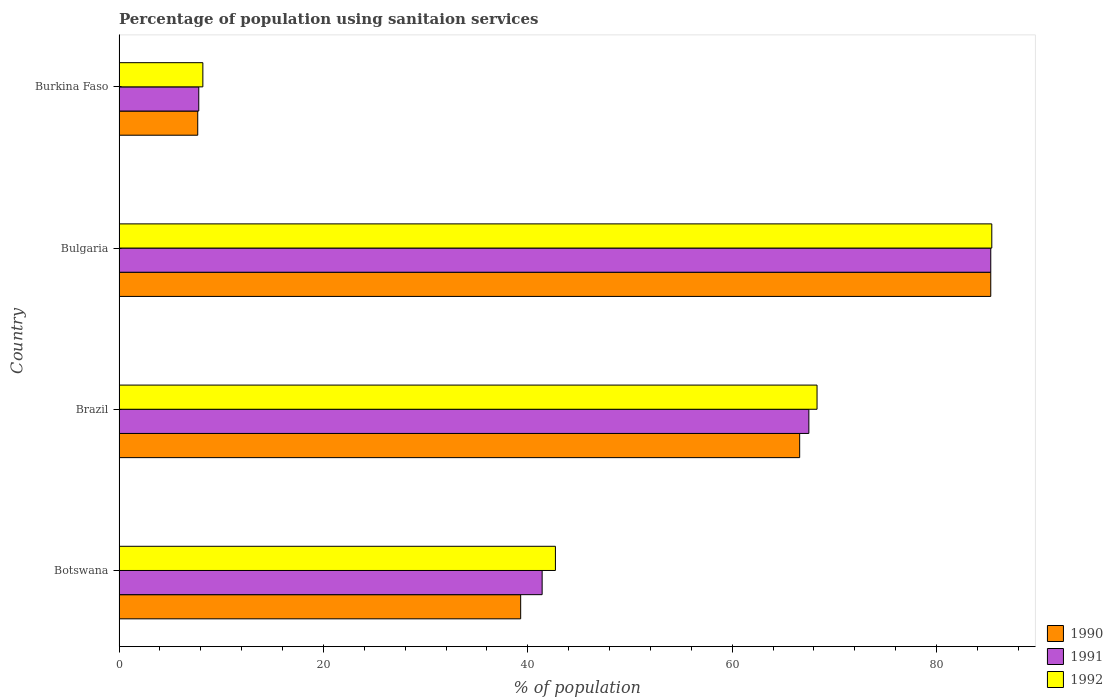
| Country | 1990 | 1991 | 1992 |
 | --- | --- | --- | --- |
 | Botswana | 39.3 | 41.4 | 42.7 |
 | Brazil | 66.6 | 67.5 | 68.3 |
 | Bulgaria | 85.3 | 85.3 | 85.4 |
 | Burkina Faso | 7.7 | 7.8 | 8.2 |